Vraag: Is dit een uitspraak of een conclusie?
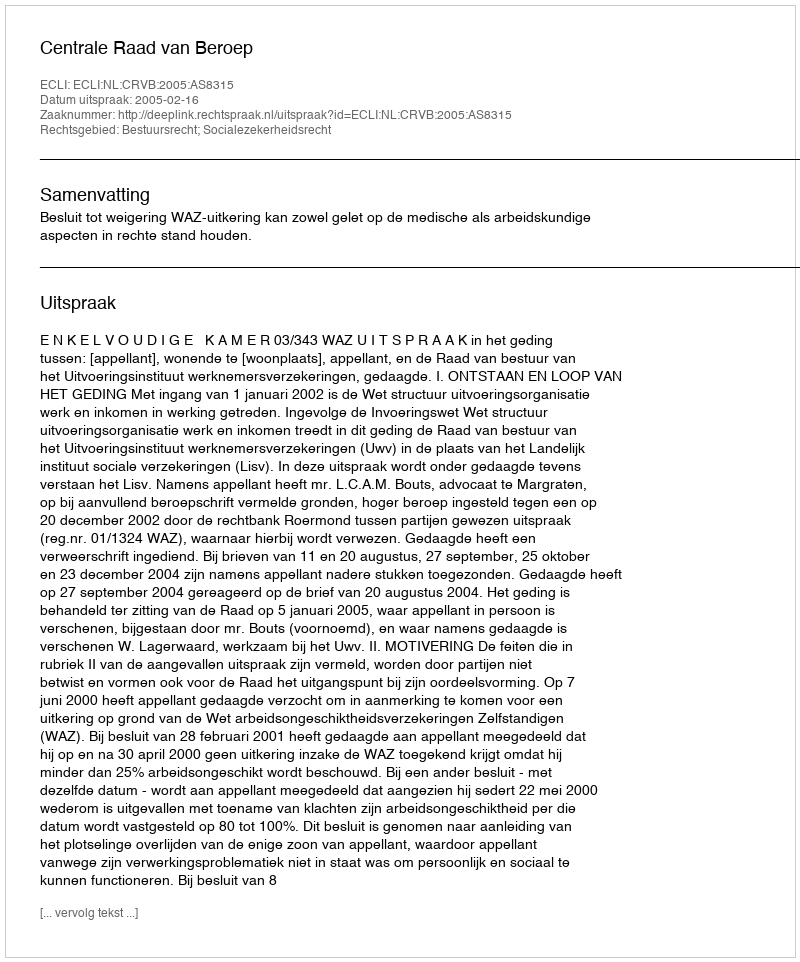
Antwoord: Uitspraak